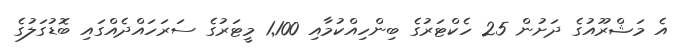
އެ މަޝްރޫއުގެ ދަށުން 25 ހެކްޓަރުގެ ބިންހިއްކުމާއި 1